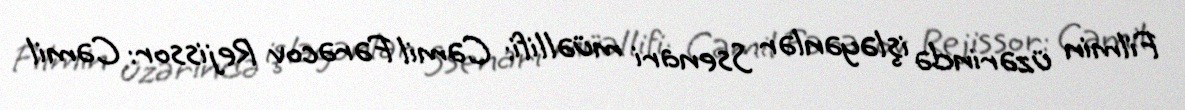
Filmin üzərində işləyənlər Ssenari müəllifi: Cəmil Fərəcov Rejissor: Cəmil